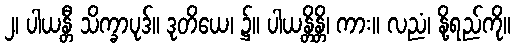
၂၊ ပါယန္တီ သိက္ခာပုဒ်။ ဒုတိယေ၊ ၌။ ပါယန္တိန္တိ၊ ကား။ လညံ၊ နို့ရည်ကို။